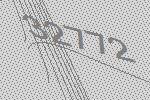
32772